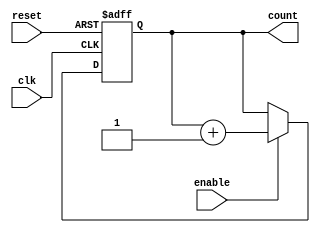
module cascaded_counter #(
    parameter N = 4  // Parameter for number of flip-flops (bits)
)(
    input wire clk,        // Clock signal
    input wire reset,      // Asynchronous reset signal
    input wire enable,     // Enable signal for counting
    output reg [N-1:0] count // Counter output (N bits)
);

// Flip-flops for counting, defined in a always block
always @(posedge clk or posedge reset) begin
    if (reset) begin
        count <= 0; // Reset counter to zero
    end else if (enable) begin
        count <= count + 1; // Increment counter
    end
end

endmodule